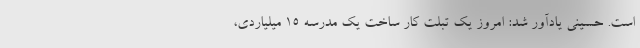
است. حسینی یادآور شد: امروز یک تبلت کار ساخت یک مدرسه ۱۵ میلیاردی،